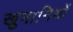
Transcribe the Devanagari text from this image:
खुमानियों